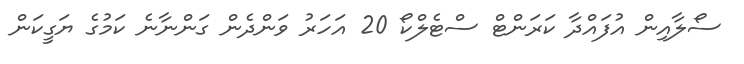
ސޯލާއިން އުފައްދާ ކަރަންޓް ސްޓެލްކޯ 20 އަހަރު ވަންދެން ގަންނާނެ ކަމުގެ ޔަގީކަން